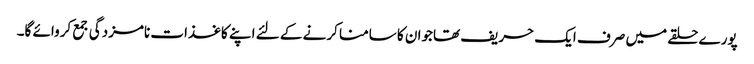
پورے حلقے میں صرف ایک حریف تھاجوان کا سامنا کرنے کے لئے اپنے کاغذات نامزدگی جمع کروائے گا۔